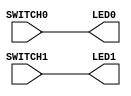
module main (output  LED0, output  LED1, input  SWITCH0, input  SWITCH1);
assign LED0 = SWITCH0;
assign LED1 = SWITCH1;
endmodule